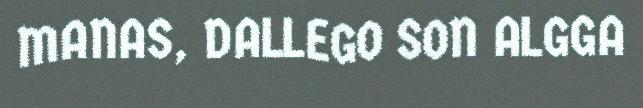
MANAS, DALLEGO SON ALGGA